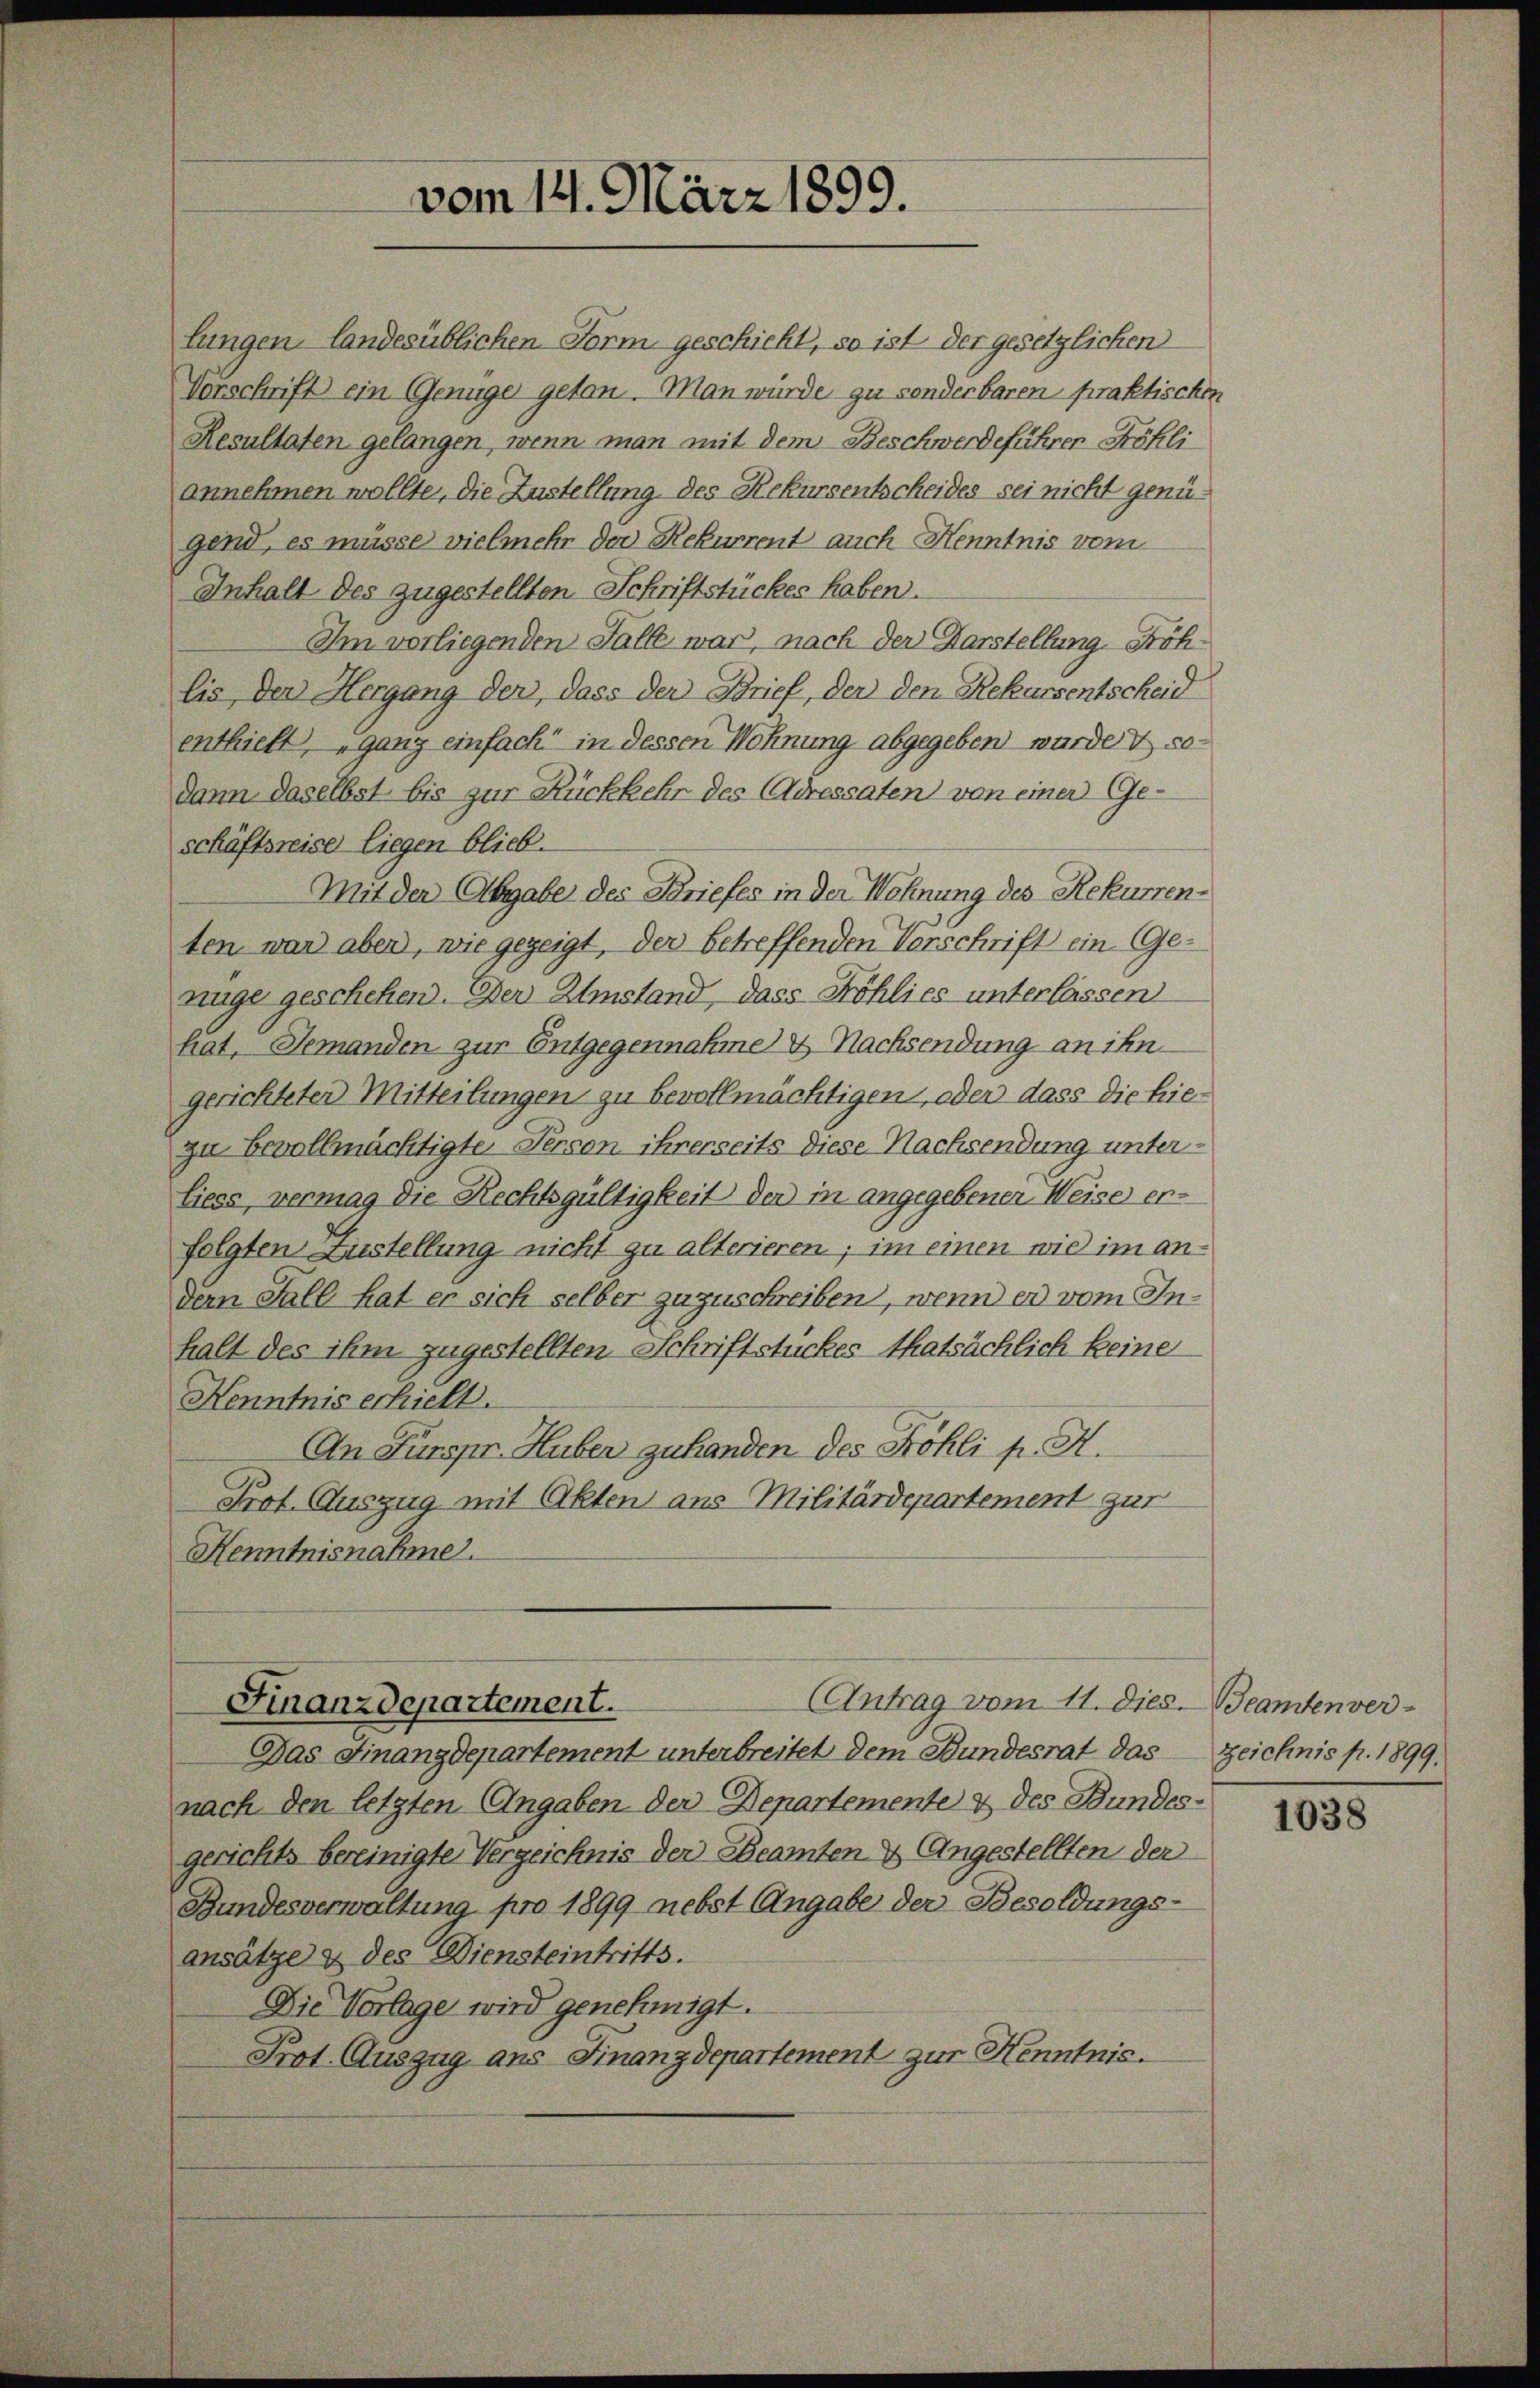
lungen landesüblichen Form geschicht, so ist der gesetzlichen
Vorschrift ein Genüge getan. Man würde zu sonderbaren praktischen
Resultaten gelangen, wenn man mit dem Beschwerdeführen Köhli
annehmen wollte, die Zustellung des Rekursentscheides sei nicht genügend, es müsse vielmehr der Rekurrent auch Kenntnis vom
Inhalt des zugestellten Schriftstückes haben.
Im vorliegenden Falle war, nach der Darstellung. Söhlis, der Hergang der, dass der Brief, der den Rekursentscheid
enthielt, ganz einfach in dessen Wohnung abgegeben wurde & sodann daselbst bis zur Rückkehr des Adressaten von einer Geschäftsreise liegen blieb.
Mit der Abgabe des Briefes in der Wohnung des Rekurrenten war aber, wie gezeigt, der betreffenden Vorschrift ein (Ge-
nüge geschehen. Der Umstand, dass Fröhlies unterlassen
hat, Jemanden zur Entgegennahme & Nachsendung an ihn
gerichteter Mitteilungen zu bevollmächtigen oder dass die hiezu bevollmächtigte Person ihrerseits diese Nachsendung unterliess, vermag die Rechtsgültigkeit der in angegebener Weise er-
folgten Zustellung nicht zu alterieren; im einen wie im andem Fall hat er sich selber zuzuschreiben, wenn er vom Inhalt des ihm zugestellten Schriftstückes thatsächlich keine
Kenntnis erhielt.
An Fürspr. Huber zu handen des Fröhli p. A.
Prot. Auszug mit Akten aus Militärdepartement zur
Henntnisnahme.

vom 14. März 1899.

Das Finanzdepartement unterbreitet dem Bundesrat das Zeichnis p. 1899.
nach den letzten Angaben der Departemente & des Bundes-
gerichts bereinigte Verzeichnis der Beamten & Angestellten der
Bundesverwaltung pro 1899 nebst Angabe der Besoldungs-
ansätze & des Diensteintritts.
Die Vorlage wird genehmigt.
Prot. Auszug aus Finanzdepartement zur Kenntnis.

(Antrag vom 11. Dies. Beamtenver-
Finanzdepartement.

1038